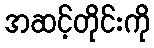
အဆင့်တိုင်းကို